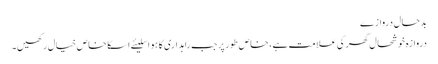
بدحال دروازے
دروازہ خوشحال گھر کی علامت ہے، خاص طور پر جب راہداری کا ہو اسلیئے اسکا خاص خیال رکھیں۔